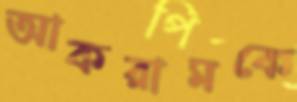
আকরামকে